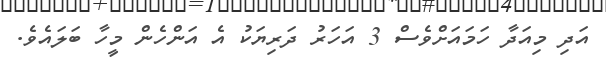
އަދި މިއަދާ ހަމައަށްވެސް 3 އަހަރު ދަރިޔަކު އެ އަންހެން މީހާ ބަލައެވެ.